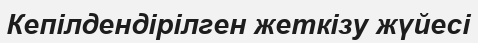
Кепілдендірілген жеткізу жүйесі